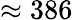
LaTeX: \approx 386